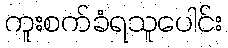
ကူးစက်ခံရသူပေါင်း